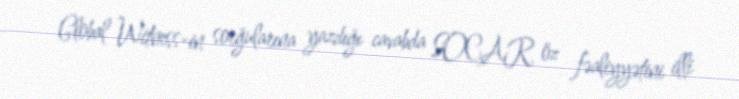
Global Witness-in sorğularına yazdığı cavabda SOCAR öz fəaliyyətini illi